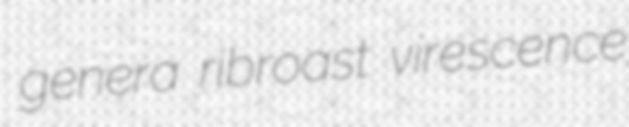
genera ribroast virescence